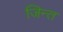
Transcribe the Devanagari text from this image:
जिन्त